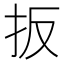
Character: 扳